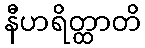
နီဟရိတ္ထာတိ